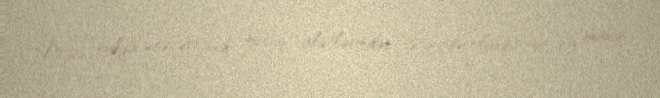
Noys rokda ənənəvi rok musiqi alətlərindən istifadə olunsa da, bu musiqi